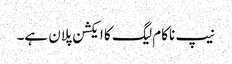
نیپ ناکام لیگ کا ایکشن پلان ہے۔